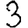
Digit: 3